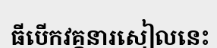
ធីបើកវគ្គនារសៀលនេះ